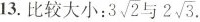
13.比较大小：3\sqrt{2}与2\sqrt{3}